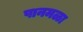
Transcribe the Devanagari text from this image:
पानमळा